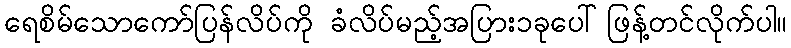
ရေစိမ်သောကော်ပြန်လိပ်ကို ခံလိပ်မည့်အပြား၁ခုပေါ်ဖြန့်တင်လိုက်ပါ။